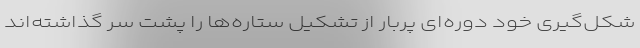
شکل‌گیری خود دوره‌ای پربار از تشکیل ستاره‌ها را پشت سر گذاشته‌اند